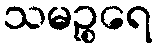
သမဉ္စရေ